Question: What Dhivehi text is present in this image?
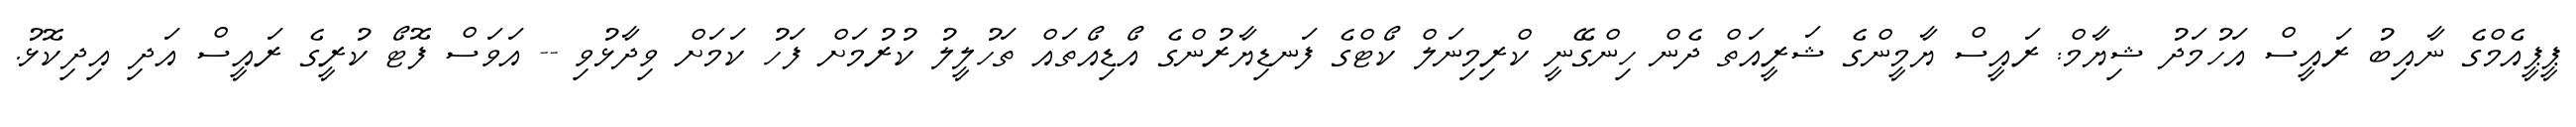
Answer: ޕީޕީއެމްގެ ނާއިބު ރައީސް އަހުމަދު ޝިޔާމް: ރައީސް ޔާމީންގެ ޝަރީއަތް ދެން ހިންގޭނީ ކްރިމިނަލް ކޯޓްގެ ފަނޑިޔާރުންގެ އޯޑިއޯތައް ތަހުލީލު ކުރުމަށް ފަހު ކަމަށް ވިދާޅުވި -- އަވަސް ފޮޓޯ ކުރީގެ ރައީސް އަދި އިދިކޮޅު.